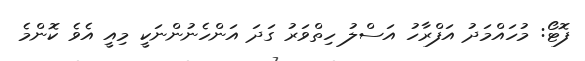
ފޮޓޯ: މުހައްމަދު އަފްރާހު އަސްލު ހިތްވަރު ގަދަ އަންހެނުންނަކީ މިއީ އެވެ ކޮންމެ